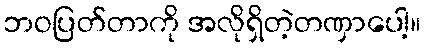
ဘဝပြတ်တာကို အလိုရှိတဲ့တဏှာပေါ့။